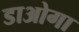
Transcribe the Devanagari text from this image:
डाओगा